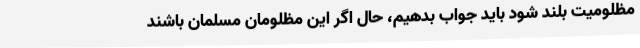
مظلومیت بلند شود باید جواب بدهیم، حال اگر این مظلومان مسلمان باشند